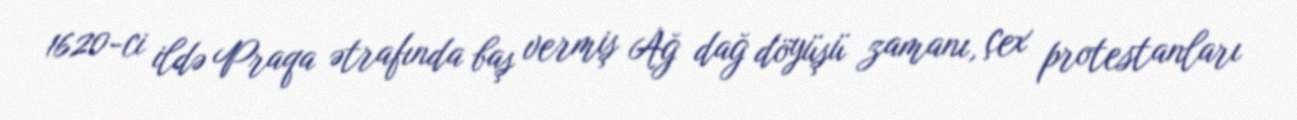
1620-ci ildə Praqa ətrafında baş vermiş Ağ dağ döyüşü zamanı, çex protestanları